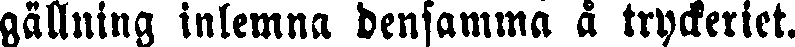
gällning inlemna densamma å tryckeriet.